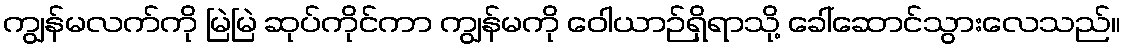
ကျွန်မလက်ကို မြဲမြဲ ဆုပ်ကိုင်ကာ ကျွန်မကို ဝေါယာဉ်ရှိရာသို့ ခေါ်ဆောင်သွားလေသည်။